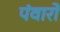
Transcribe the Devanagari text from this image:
पंवारो